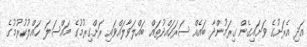
އަދި އެރަށުގެ ވަށައިގެން ގިރަމުންދާ ބައެއް ސަރަހައްދުތައް ބައްލަވާލައްވައި ރަށްގިރުމުގެ މައްސަލަ ހައްލުކުރުމުގެ